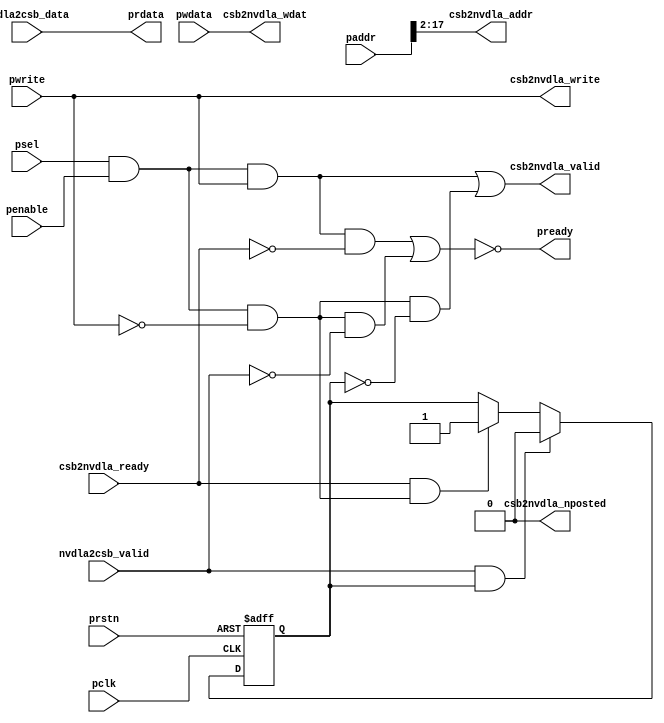
// ================================================================
// NVDLA Open Source Project
//
// Copyright(c) 2016 - 2017 NVIDIA Corporation. Licensed under the
// NVDLA Open Hardware License; Check "LICENSE" which comes with
// this distribution for more information.
// ================================================================
module NV_NVDLA_apb2csb (
   pclk
  ,prstn
  ,csb2nvdla_ready
  ,nvdla2csb_data
  ,nvdla2csb_valid
  ,paddr
  ,penable
  ,psel
  ,pwdata
  ,pwrite
  ,csb2nvdla_addr
  ,csb2nvdla_nposted
  ,csb2nvdla_valid
  ,csb2nvdla_wdat
  ,csb2nvdla_write
  ,prdata
  ,pready
  );
input pclk;
input prstn;
//apb interface
input psel;
input penable;
input pwrite;
input [31:0] paddr;
input [31:0] pwdata;
output [31:0] prdata;
output pready;
//csb interface
output csb2nvdla_valid;
input csb2nvdla_ready;
output [15:0] csb2nvdla_addr;
output [31:0] csb2nvdla_wdat;
output csb2nvdla_write;
output csb2nvdla_nposted;
input nvdla2csb_valid;
input [31:0] nvdla2csb_data;
//input nvdla2csb_wr_complete;
reg rd_trans_low;
wire rd_trans_vld;
wire wr_trans_vld;
// synoff nets
// monitor nets
// debug nets
// tie high nets
// tie low nets
// no connect nets
// not all bits used nets
// todo nets
assign wr_trans_vld = psel & penable & pwrite;
assign rd_trans_vld = psel & penable & ~pwrite;
always @(posedge pclk or negedge prstn) begin
  if (!prstn) begin
    rd_trans_low <= 1'b0;
  end else begin
    if(nvdla2csb_valid & rd_trans_low)
        rd_trans_low <= 1'b0;
    else if (csb2nvdla_ready & rd_trans_vld)
        rd_trans_low <= 1'b1;
  end
end
assign csb2nvdla_valid = wr_trans_vld | rd_trans_vld & ~rd_trans_low;
assign csb2nvdla_addr = paddr[17:2];
assign csb2nvdla_wdat = pwdata[31:0];
assign csb2nvdla_write = pwrite;
assign csb2nvdla_nposted = 1'b0;
assign prdata = nvdla2csb_data[31:0];
assign pready = ~(wr_trans_vld & ~csb2nvdla_ready | rd_trans_vld & ~nvdla2csb_valid);
endmodule // NV_NVDLA_apb2csb